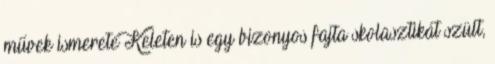
művek ismerete Keleten is egy bizonyos fajta skolasztikát szült,